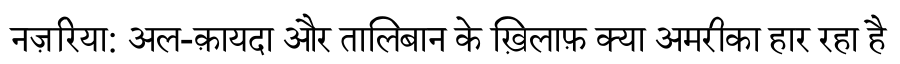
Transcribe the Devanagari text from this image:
नज़रिया: अल-क़ायदा और तालिबान के ख़िलाफ़ क्या अमरीका हार रहा है